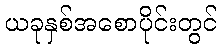
ယခုနှစ်အစောပိုင်းတွင်